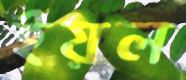
ইয়ল